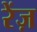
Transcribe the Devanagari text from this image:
रेंज़